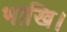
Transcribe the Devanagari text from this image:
भाखि।